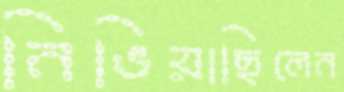
নিভিয়াছিলেন